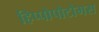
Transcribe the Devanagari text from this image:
हिप्पोपोटोमस